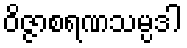
ဝိဇ္ဇာစရဏသမ္ပဒါ